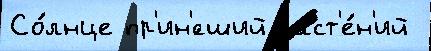
Со́лнце пр'ин'́сший раст'е́н'ий